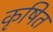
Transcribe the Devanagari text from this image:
कृषित